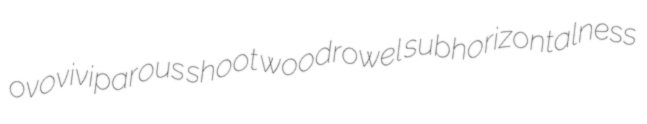
ovoviviparous shoot woodrowel subhorizontalness